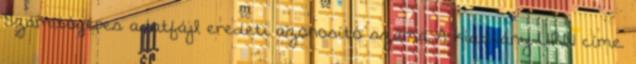
Számítógépes adatfájl eredeti azonosító száma A kiadvány URN címe.